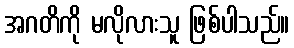
အဂတိကို မလိုလားသူ ဖြစ်ပါသည်။